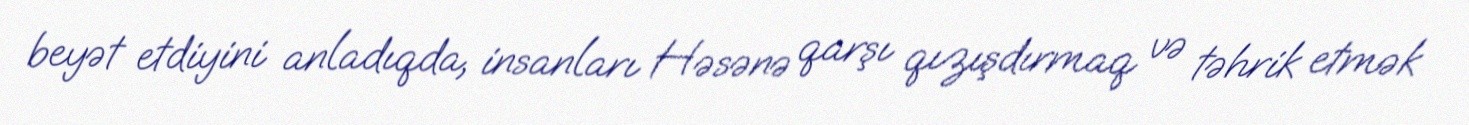
beyət etdiyini anladıqda, insanları Həsənə qarşı qızışdırmaq və təhrik etmək